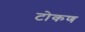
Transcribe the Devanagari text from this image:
टोकण